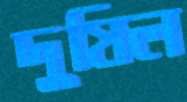
দুষিল